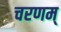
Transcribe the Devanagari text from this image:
चरणम्‌